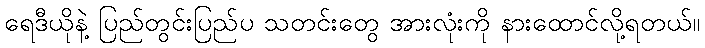
ရေဒီယိုနဲ့ ပြည်တွင်းပြည်ပ သတင်းတွေ အားလုံးကို နားထောင်လို့ရတယ်။